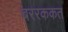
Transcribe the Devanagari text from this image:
बररककत